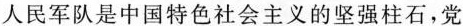
人民军队是中国特色社会主义的坚强柱石，党